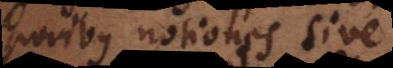
poribus notiones sive